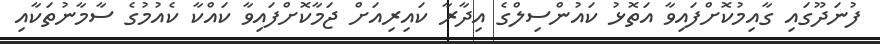
ފުނަދޫގައި ގާއިމުކޮށްފައިވާ އަތޮޅު ކައުންސިލްގެ އިދާރާ ކައިރިއަށް ޖަމާކޮށްފައިވާ ކައްކާ ކެއުމުގެ ސާމާނުތަކާއި